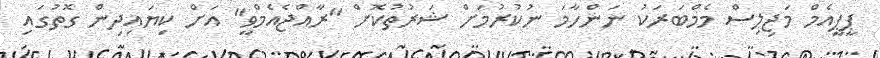
ޕީޕީއެމް މަޖިލިސް މެމްބަރަކު ނަންހާމަ ނުކުރުމަށް ޝަރުތުކޮށް "ރާއްޖެއެމްވީ" އަށް ކިޔައިދިން ގޮތުގައި